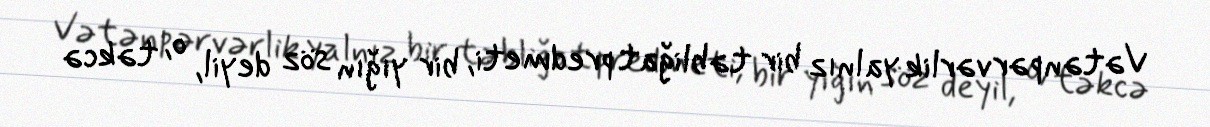
Vətənpərvərlik yalnız bir təbliğat predmeti, bir yığın söz deyil, o, təkcə